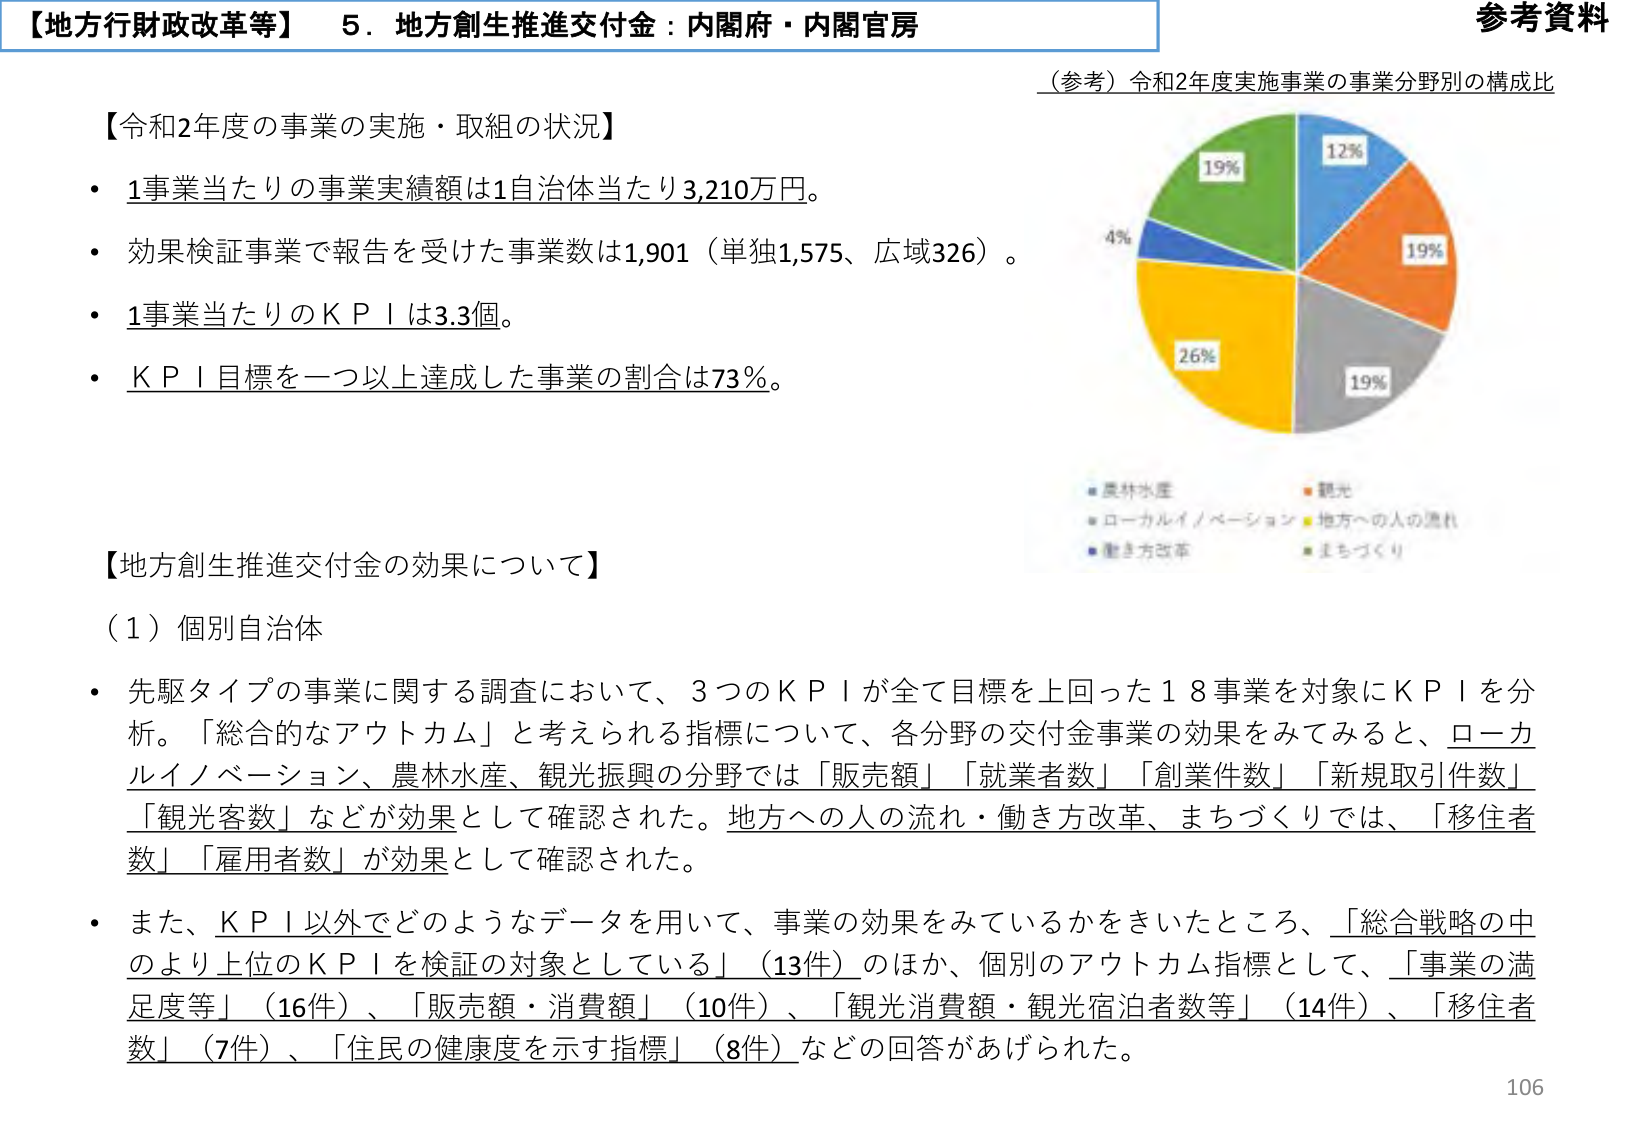
【地方行財政改革等】 5．地方創生推進交付金：内閣府・内閣官房

参考資料

（参考）令和2年度実施事業の事業分野別の構成比

【令和2年度の事業の実施・取組の状況】
・1事業当たりの事業実績額は1自治体当たり3,210万円。
・効果検証事業で報告を受けた事業数は1,901（単独1,575、広域326）。
・1事業当たりのKPIは3.3個。
・KPI目標を一つ以上達成した事業の割合は73％。

【地方創生推進交付金の効果について】
（1）個別自治体
・先駆タイプの事業に関する調査において、3つのKPIが全て目標を上回った18事業を対象にKPIを分析。「総合的なアウトカム」と考えられる指標について、各分野の交付金事業の効果をみてみると、ローカルイノベーション、農林水産、観光振興の分野では「販売額」「就業者数」「創業件数」「新規取引件数」「観光客数」などが効果として確認された。地方への人の流れ・働き方改革、まちづくりでは、「移住者数」「雇用者数」が効果として確認された。
・また、KPI以外でどのようなデータを用いて、事業の効果をみているかをきいたところ、「総合戦略の中のより上位のKPIを検証の対象としている」（13件）のほか、個別のアウトカム指標として、「事業の満足度等」（16件）、「販売額・消費額」（10件）、「観光消費額・観光宿泊者数等」（14件）、「移住者数」（7件）、「住民の健康度を示す指標」（8件）などの回答があげられた。

19%
12%
19%
26%
19%
4%

■農林水産
■観光
■ローカルイノベーション
■地方への人の流れ
■働き方改革
■まちづくり

106